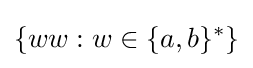
\{ww:w\in \{a,b\}^{*}\}